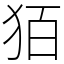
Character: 㹮